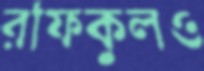
রফিকুলও